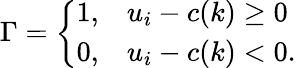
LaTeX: \Gamma=\left\{ \begin{array}{ll}{1,}&{u_{i}-c(k)\geq 0}\\ {0,}&{u_{i}-c(k)<0.}\end{array}\right.